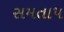
સમતાપ